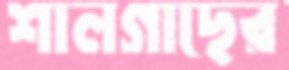
শালগাছের